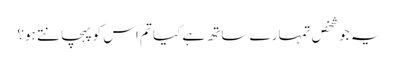
یہ جو شخص تمہارے ساتھ ہے کیا تم اس کوپہچانتے ہو؟